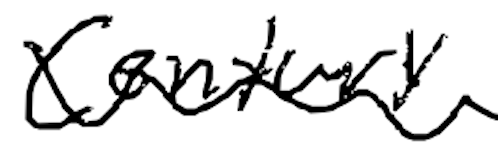
Text: century
Cross-out: wave
Writing tool: digital_black